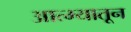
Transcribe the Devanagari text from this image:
आत्म्यातून